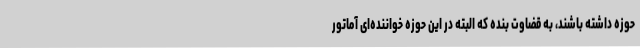
حوزه داشته باشند، به قضاوت بنده که البته در این حوزه خواننده‌ای آماتور